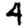
Digit: 4